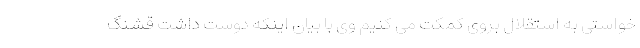
خواستی به استقلال بروی کمکت می کنیم وی با بیان اینکه دوست داشت قشنگ